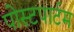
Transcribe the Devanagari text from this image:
पोस्‍टपार्टम